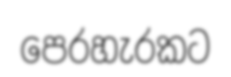
පෙරහැරකට